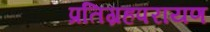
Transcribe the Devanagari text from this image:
प्रतिग्रहपरायण